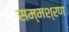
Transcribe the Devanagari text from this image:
सम्मश्रण